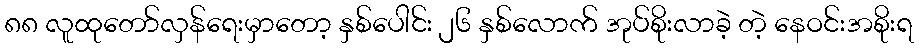
၈၈ လူထုတော်လှန်ရေးမှာတော့ နှစ်ပေါင်း ၂၆ နှစ်လောက် အုပ်စိုးလာခဲ့ တဲ့ နေဝင်းအစိုးရ